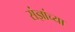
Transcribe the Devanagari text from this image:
संज्ञांच्या